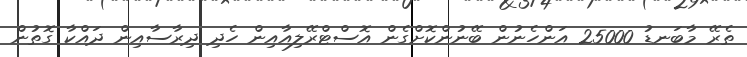
ތެރޭ މާބަނޑު 25000 އަންހެނުން ބޭނުންކޮށްގެން އޮސްޓްރޭލިއާއިން ހެދި ދިރާސާއިން ދައްކާ ގޮތުން